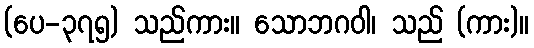
(ပေ-၃၇၅) သည်ကား။ သောဘဂဝါ၊ သည် (ကား)။